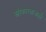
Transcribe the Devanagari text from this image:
स्वीकारतानाही